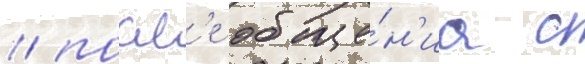
/ посл'е обще́н'иа с